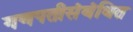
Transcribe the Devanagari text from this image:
गणपतीसंबंधित